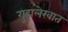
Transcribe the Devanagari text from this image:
गुहालेखात